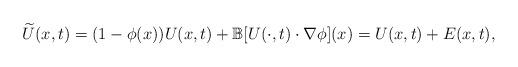
LaTeX: \begin{align*}\widetilde U(x,t)=(1-\phi(x))U(x,t)+\mathbb B[U(\cdot,t)\cdot\nabla\phi](x)=U(x,t)+E(x,t),\end{align*}